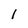
Character: 1